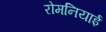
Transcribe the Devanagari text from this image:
रोमनियाई